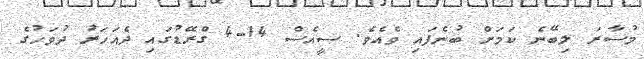
މުސާރަ ލިބޭނެ ކަމަށް ބުނެފައި ވެއެވެ. ސީއެސް 14-4 ގްރޭޑުގައި ދެއަހަރު ދުވަހުގެ